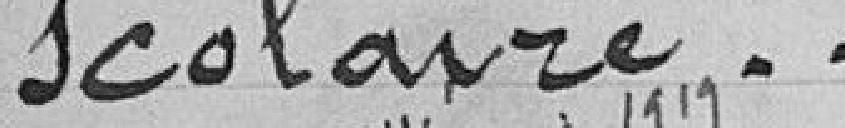
scolaire